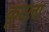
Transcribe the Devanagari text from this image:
कूटला